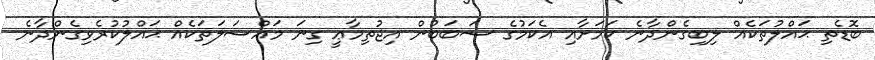
ބޮޑެތި ޙައްލުތަކެއް ލިބިގެންދާނެ ކަމަށާއި އެކަމުގެ ސަބަބުން އިޖުތިމާޢީ ގިނަ މައްސަލަތަކެއް ޙައްލުކުރެވިގެންދާނެ